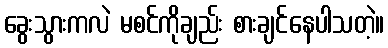
ခွေးသွားကလဲ မစင်ကိုချည်း စားချင်နေပါသတဲ့။